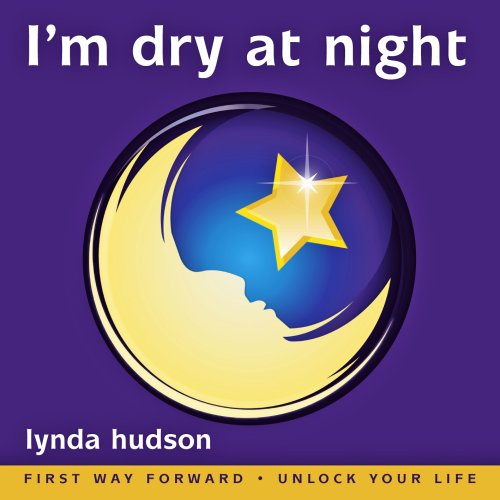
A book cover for I'm Dry at Night : End the Misery of Wet Beds for 6-9yr olds Best Seller for 5 years (Lynda Hudson's Unlock Your Life Audio CDs for Children); Lynda Hudson; Parenting & Relationships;